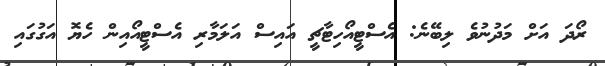
ރޯދަ އަށް މަދުނުވެ ލިބޭނެ: އެސްޓީއޯހިޓާޗީ އައިސް އަލަމާރި އެސްޓީއޯއިން ހެޔޮ އަގުގައި